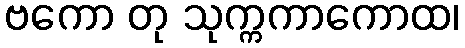
ဗကော တု သုက္ကကာကောထ၊